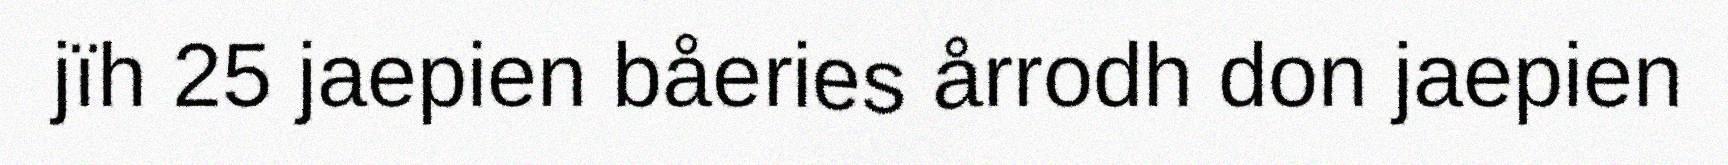
jïh 25 jaepien båeries årrodh don jaepien